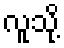
လူသို့